Assam Mental Hospital (Tezpur, India) - 1933-1948
Year: 1933
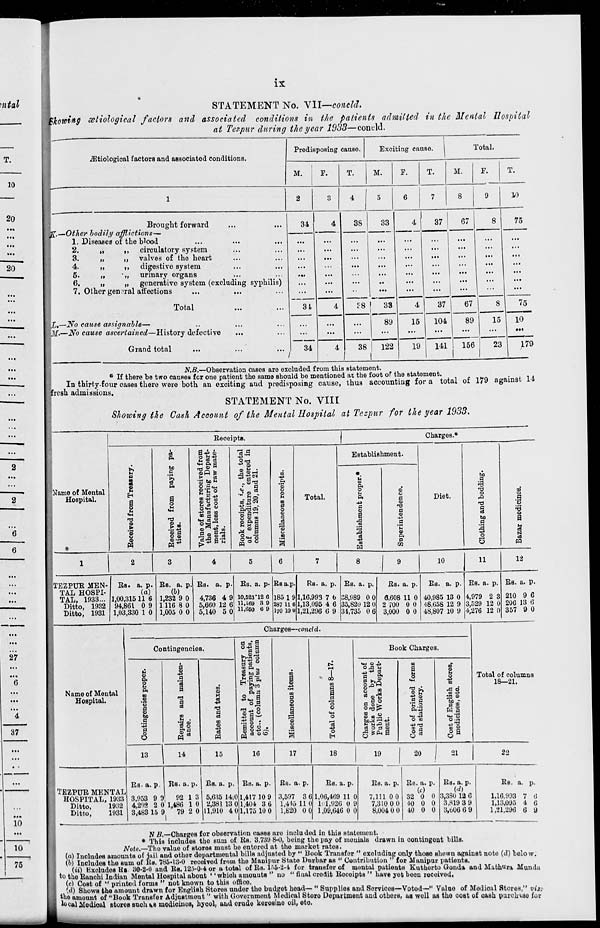
ix
STATEMENT No. VII—concld.
Showing ætiological factors and associated conditions in the patients admitted in the Mental Hospital
at Tezpur during the year 1933—concld.
Ætiological factors and associated conditions.
1
Brought forward ... ...
K.—Other bodily
afflictions—
1. Diseases of the blood ... ... ...
2.
„
„
circulatory system ... ...
3.
„
„
valves of the heart ... ...
4.
„
„
digestive system ... ...
5.
„
„
urinary organs ... ...
6.
„
„
generative system (excluding syphilis)
7. Other general affections ... ... ...
Total ... ...
L.—No cause assignable— ... ... ...
M.—No cause ascertained—History
defective ... ...
Grand total ... ... ...
Predisposing cause.
M.
2
34
...
...
...
...
...
...
...
34
...
...
34
F.
3
4
...
...
...
...
...
...
...
4
...
...
4
T.
4
38
...
...
...
...
...
...
...
38
...
...
38
Exciting cause.
M.
5
33
...
...
...
...
...
...
...
33
89
...
122
F.
6
4
...
...
...
...
...
...
...
4
15
...
19
T.
7
37
...
...
...
...
...
...
...
37
104
...
141
Total.
M.
8
67
...
...
...
...
...
...
...
67
89
...
156
F.
9
8
...
...
...
...
...
...
...
8
15
...
23
T.
10
75
...
...
...
...
...
...
...
75
10
...
179
N. B.—Observation cases are excluded from this statement.
* If there be two causes for one patient the same should be mentioned at the foot of the statement.
In thirty-four cases there were both an exciting and predisposing cause, thus accounting for a total of 179 against 14
fresh admissions.
STATEMENT No. VIII
Showing the Cash Account of the Mental Hospital at Tezpur for the year 1933.
Name of Mental
Hospital.
1
TEZPUR MEN-
TAL HOSPI-
TAL, 1933...
Ditto, 1932
Ditto, 1931
Receipts.
Received
from Treasury.
2
Rs. a. p.
(a)
1,00,315
94,861
1,03,330
11
0
1
6
9
0
Received
from paying pa-
tients.
3
Rs. a. p.
(b)
1,232
1,116
1,005
9
8
0
0
0
0
Value of stores received from
the Manufacturing Depart-
ment, less cost of raw mate-
rials.
4
Rs.
a. p.
4,736
5,660
5,140
4
12
5
9
6
0
Book receipts, i.e., the total
of expenditure entered in
columns 19, 20, and 21.
5
Rs. a. p.
10,523
11,169
11,650
12
3 6
6
9 9
Miscellaneous receipts.
6
Rs a. p.
185
287
170
1
11
10
9
6
0
Total.
7
Rs. a. p.
1,16,993
1,13,095
1,21,296
7
4
6
6
6
9
Charges.*
Establishment.
Establishment proper.*
8
Rs. a.
p.
38,989
35,820
34,735
0
12
0
0
0
6
Superintendence.
9
Rs. a. p.
6,608
2,700
3,000
11
0
0
0
0
0
Diet.
10
Rs. a. p.
40,985
48,658
48,807
13
12
10
0
9
9
Clothing and bedding.
11
Rs. a. p.
4,979
3,529
4,276
2
12
12
3
0
0
Bazar medicines.
12
Rs. a. p.
210
206
357
9
13
9
6
6
0
Name of Mental
Hospital.
TEZPUR MENTAL
HOSPITAL, 1933
Ditto,
1932
Ditto,
1931
Charges—concld.
Contingencies.
Contingencies proper.
13
Rs.
a.
p.
3,953
4,292
3,483
9
2
15
9
0
9
Repairs
and mainten-
ance.
14
Rs. a. p.
92
1,486
79
1
1
2
3
0
0
Rates
and taxes.
15
Rs. a.
p.
5,635
2,381
11,910
14
13
4
0
0
0
Remitted
to Treasury on
account of paying patients,
etc., (column 3 plus column
6).
16
Rs. a. p.
1,417
1,404
1,175
10
3
10
9
6
0
Miscellaneous items.
17
Rs. a.
p.
3,597
1,445
1,820
3
11
0
6
0
0
Total of columns 8—17.
18
Rs. a.
p.
1,06,469
101,926
1,09,646
11
0
0
0
9
0
Book Charges
Charges on account of
works done by the
Public Works Depart-
ment.
19
Rs. a. p.
7,111
7,310
8,004
0
0
0
0
0
0
Cost of printed forms
and stationery.
20
Rs. a. p.
(c)
32
40
40
0
0
0
0
0
0
Cost of English stores,
medicines, etc.
21
Rs.
a.
p.
(d)
3,380
3,819
3,606
12
3
6
6
9
9
Total of columns
18—21.
22
Rs. a. p.
1,16,993
1,13,095
1,21,296
7
4
6
6
6
9
N B.—Charges for observation cases are included in this statement.
* This includes the sum of Rs. 3,739 8-0, being the pay of menials drawn in contingent bills.
Note.—The value of stores must be entered at the market rates.
(a) Includes amounts of jail and other departmental bills adjusted by " Book Transfer " excluding only those shown against note (d) below.
(b) Includes the sum of Rs. 785-13-0 received from the Manipur State Durbar as " Contribution " for Manipur patients.
(ii) Excludes Rs. 30-2-0 and Rs. 125-0-4 or a total of Rs. 155-2-4 for transfer of mental patients Kutherto Gonda and Mathura Munda
to the Ranchi Indian Mental Hospital about " which amounts " no " final credit Receipts " have yet been received.
(c) Cost of " printed forms " not known to this office.
(d) Shows the amount drawn for English Stores under the budget head— " Supplies and Services—Voted— " Value of Medical Stores," viz.
the amount of "Book Transfer Adjustment" with Government Medical Store Department and others, as well as the cost of cash purchase for
local Medical stores such as medicines, hycol, and crude kerosine oil, etc.